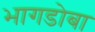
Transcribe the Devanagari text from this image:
भागडोबा